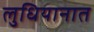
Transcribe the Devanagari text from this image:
लुधियानात